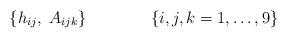
LaTeX: \begin{align*}\{ h_{ij}, \; A_{ijk} \} \qquad \qquad \{i,j,k = 1, \dots, 9 \}\end{align*}